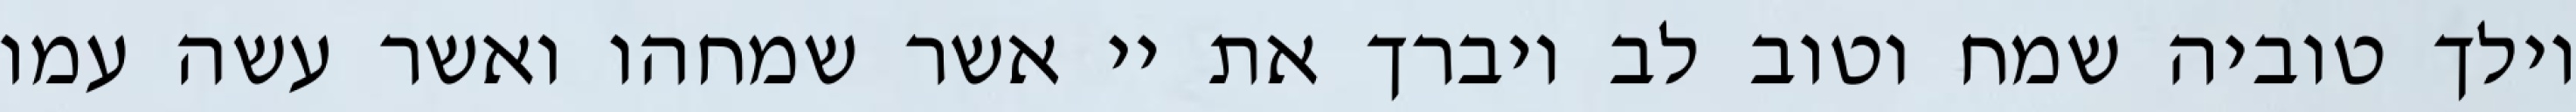
וילך טוביה שמח וטוב לב ויברך את יי אשר שמחהו ואשר עשה עמו